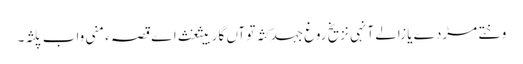
وختے مڑدے یا زالے آنہی نزیخ روغ جہد کثہ تو آں گار بیثغث اے قصہ ءَ منی واب پلثہ۔